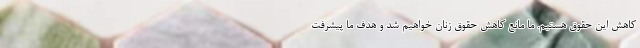
کاهش این حقوق هستیم. ما مانع کاهش حقوق زنان خواهیم شد و هدف ما پیشرفت